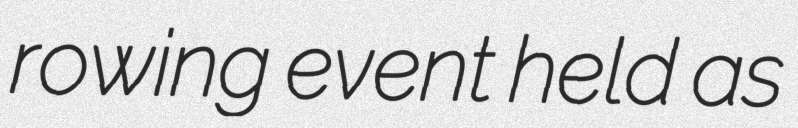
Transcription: rowing event held as